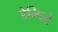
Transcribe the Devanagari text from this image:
डेमिलो